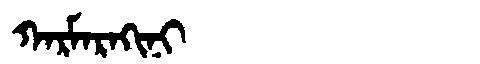
Manchu: ᡴᠠᡵᠮᠠᡵᠠᡴᡳᠨᡳ
Romanization: KARMARAKINI